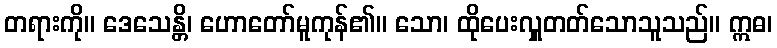
တရားကို။ ဒေသေန္တိ၊ ဟောတော်မူကုန်၏။ သော၊ ထိုပေးလှူတတ်သောသူသည်။ ဣဓ၊